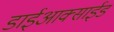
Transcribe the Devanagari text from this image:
डाईआक्साईड